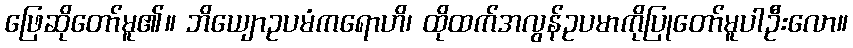
ဖြေဆိုတော်မူ၏။ ဘိယျောဥပမံကရောဟိ၊ ထိုထက်အလွန်ဥပမာကိုပြုတော်မူပါဦးလော။